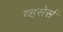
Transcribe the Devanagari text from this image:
व्हसेर्स